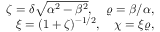
\begin{array} { r } { \zeta = \delta \sqrt { \alpha ^ { 2 } - \beta ^ { 2 } } , \quad \varrho = \beta / \alpha , } \\ { \xi = ( 1 + \zeta ) ^ { - 1 / 2 } , \quad \chi = \xi \varrho , } \end{array}